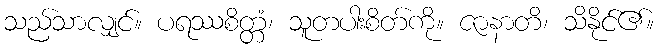
သည်သာလျှင်။ ပရဿစိတ္တံ၊ သူတပါးစိတ်ကို။ ဇာနာတိ၊ သိနိုင်၏။